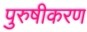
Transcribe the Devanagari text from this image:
पुरुषीकरण